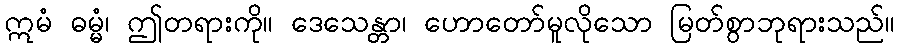
ဣမံ ဓမ္မံ၊ ဤတရားကို။ ဒေသေန္တာ၊ ဟောတော်မူလိုသော မြတ်စွာဘုရားသည်။